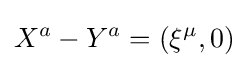
X^{a}-Y^{a}=(\xi ^{\mu },0)